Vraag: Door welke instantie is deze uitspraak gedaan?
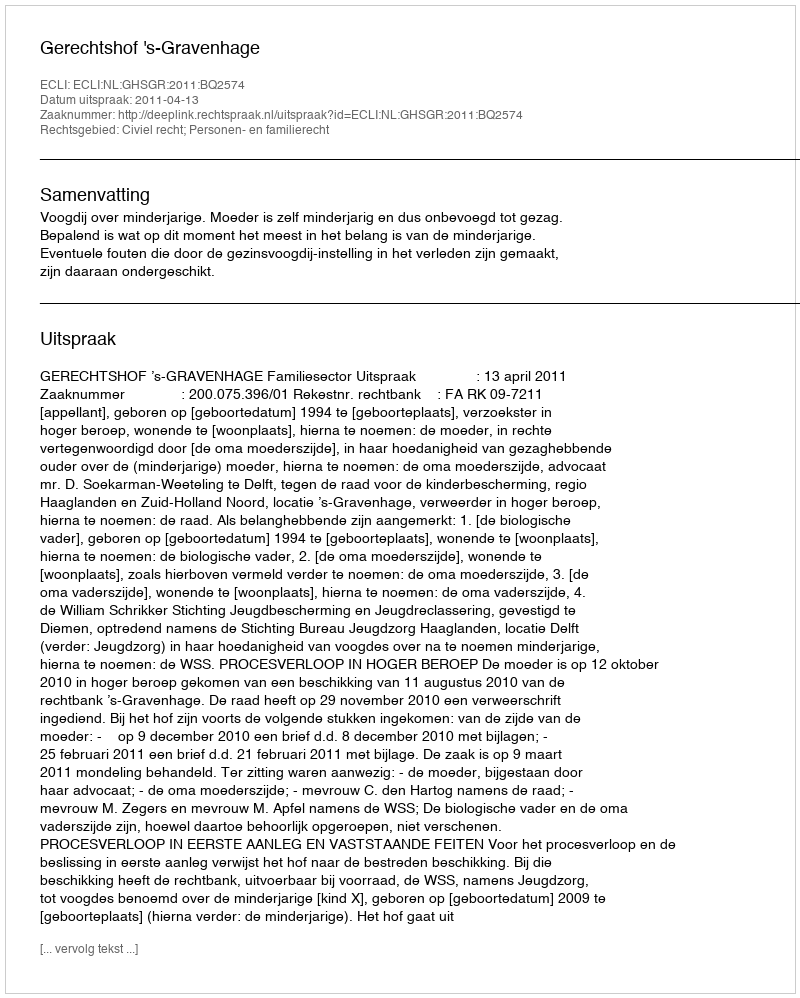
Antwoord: Gerechtshof 's-Gravenhage